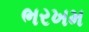
ભરખમ